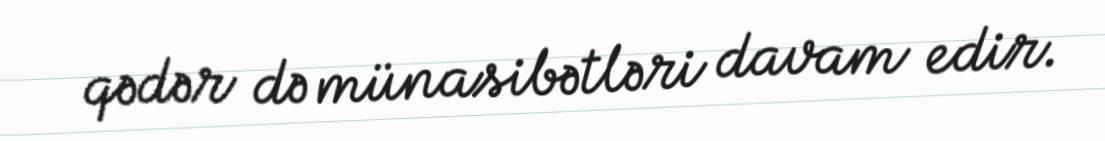
qədər də münasibətləri davam edir.